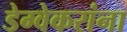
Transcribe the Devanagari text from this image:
डेग्वेकरांना